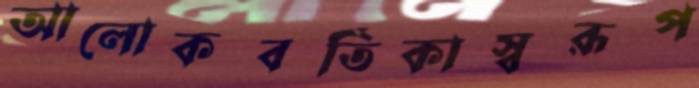
আলোকবর্তিকাস্বরূপ